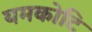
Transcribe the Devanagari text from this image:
यमकोटि